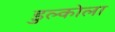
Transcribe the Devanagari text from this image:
डुल्कोला